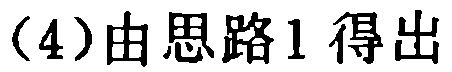
(4)由思路1得出